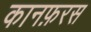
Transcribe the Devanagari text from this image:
कानफ़रस